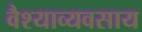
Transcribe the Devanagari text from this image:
वैश्याव्यवसाय